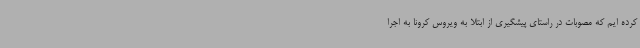
کرده ایم که مصوبات در راستای پیشگیری از ابتلا به ویروس کرونا به اجرا